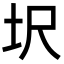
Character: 㘮